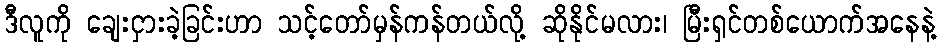
ဒီလူကို ချေးငှားခဲ့ခြင်းဟာ သင့်တော်မှန်ကန်တယ်လို့ ဆိုနိုင်မလား၊ မြီးရှင်တစ်ယောက်အနေနဲ့